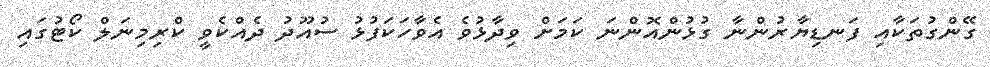
ގޭންގުތަކާއި ފަނޑިޔާރުންނާ ގުޅުންއޮންނަ ކަމަށް ވިދާޅުވެ އެވާހަކަފުޅު ސުއޫދު ދެއްކެވީ ކްރިމިނަލް ކޯޓުގައި